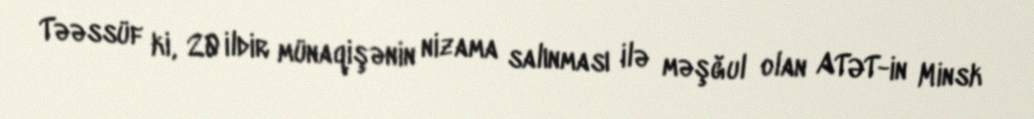
Təəssüf ki, 20 ildir münaqişənin nizama salınması ilə məşğul olan ATƏT-in Minsk